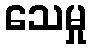
သေမှု